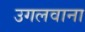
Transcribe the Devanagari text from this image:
उगलवाना